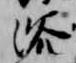
浴